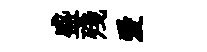
盛殘爱